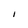
Character: i